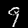
Digit: 9